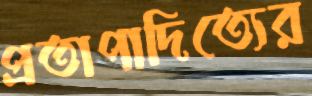
প্রতাপাদিত্যের